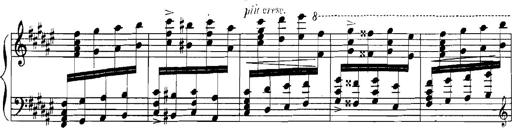
Title: Rhapsodies hongroises
Composer: Franz Liszt